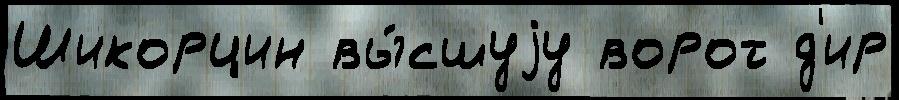
Шикорцин вы́сшуjу ворот д'ир